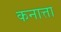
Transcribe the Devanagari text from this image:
कनात्ता